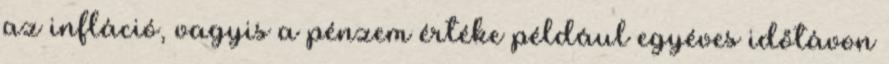
az infláció, vagyis a pénzem értéke például egyéves időtávon